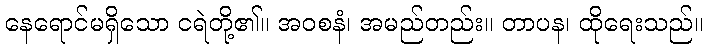
နေရောင်မရှိသော ငရဲတို့၏။ အဝစနံ၊ အမည်တည်း။ တာပန၊ ထိုရေးသည်။